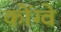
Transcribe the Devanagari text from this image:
कोंग्वे